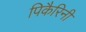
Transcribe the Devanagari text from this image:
पिकैरिनी